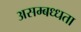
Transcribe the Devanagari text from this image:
असम्बध्धता